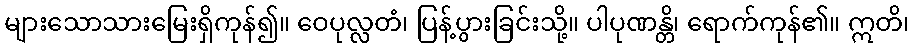
များသောသားမြေးရှိကုန်၍။ ဝေပုလ္လတံ၊ ပြန့်ပွားခြင်းသို့။ ပါပုဏန္တိ၊ ရောက်ကုန်၏။ ဣတိ၊